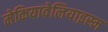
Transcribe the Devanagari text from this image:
मेकियावेलियाइस्म